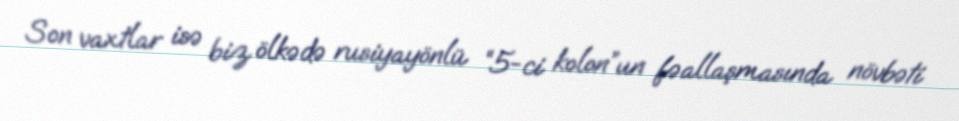
Son vaxtlar isə biz ölkədə rusiyayönlü “5-ci kolon”un fəallaşmasında növbəti